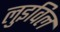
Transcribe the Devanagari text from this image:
लुइविल